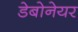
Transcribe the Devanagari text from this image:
डेबोनेयर